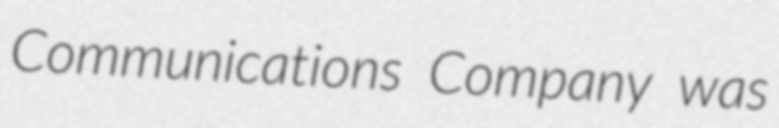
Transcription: Communications Company was